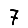
Digit: 7